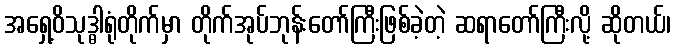
အရှေ့ဝိသုဒ္ဓါရုံတိုက်မှာ တိုက်အုပ်ဘုန်းတော်ကြီးဖြစ်ခဲ့တဲ့ ဆရာတော်ကြီးလို့ ဆိုတယ်၊